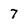
Character: 7